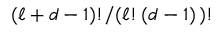
( \ell + d - 1 ) ! / ( \ell ! \, ( d - 1 ) \, ) !